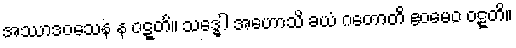
အဿာဒဝသေန န ဝဋ္ဋတိ။ သဒ္ဓေါ အဟောသိ ခယံ ဂတောတိ ဧဝမေဝ ဝဋ္ဋတိ။